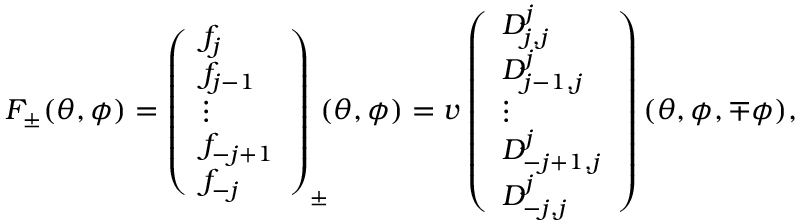
F _ { \pm } ( \theta , \phi ) = \left( \begin{array} { l } { { f _ { j } } } \\ { { f _ { j - 1 } } } \\ { { \vdots } } \\ { { f _ { - j + 1 } } } \\ { { f _ { - j } } } \end{array} \right) _ { \pm } \! \! \! ( \theta , \phi ) = v \left( \begin{array} { l } { { D _ { j , j } ^ { j } } } \\ { { D _ { j - 1 , j } ^ { j } } } \\ { { \vdots } } \\ { { D _ { - j + 1 , j } ^ { j } } } \\ { { D _ { - j , j } ^ { j } } } \end{array} \right) ( \theta , \phi , \mp \phi ) ,